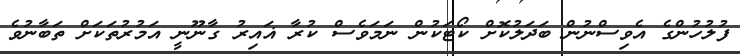
ފުލުހުންގެ އެވިސްނުން ބަދަލުކޮށް ކޯޓަކުން ނަމަވެސް ކުރާ ޣައިރު ގާނޫނީ އަމުރުތަކަށް ތަބާނުވެ